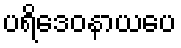
ပရိဒေဝနာယပေ